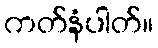
ကတ်နံပါတ်။